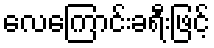
လေကြောင်းခရီးဖြင့်